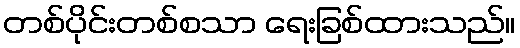
တစ်ပိုင်းတစ်စသာ ရေးခြစ်ထားသည်။